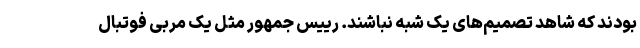
بودند که شاهد تصمیم‌های یک شبه نباشند. رییس جمهور مثل یک مربی فوتبال